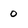
Character: 0